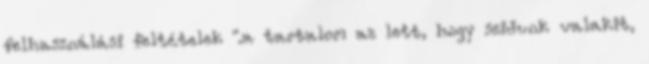
felhasználási feltételek ".a tartalom az lett, hogy szidunk valakit,